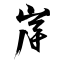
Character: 岸